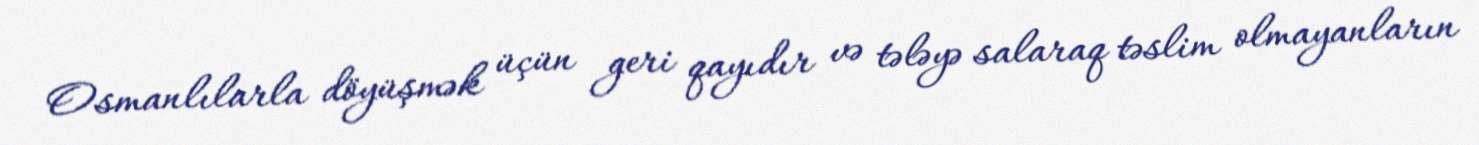
Osmanlılarla döyüşmək üçün geri qayıdır və tələyə salaraq təslim olmayanların